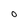
Character: O